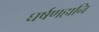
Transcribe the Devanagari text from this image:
घर्षणहानि